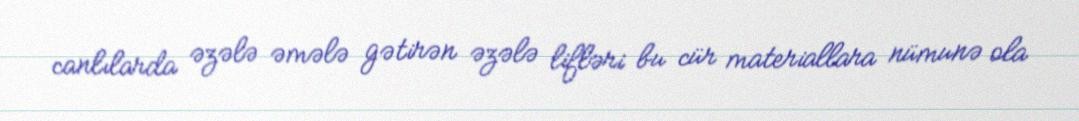
canlılarda əzələ əmələ gətirən əzələ lifləri bu cür materiallara nümunə ola